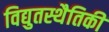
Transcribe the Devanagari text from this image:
विद्युतस्थैतिकी